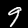
Digit: 9